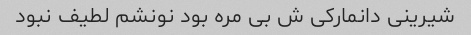
شیرینی دانمارکی ش بی مره بود نونشم لطیف نبود